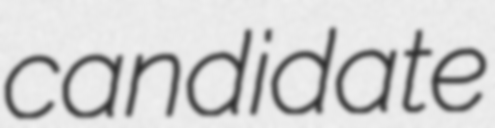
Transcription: candidate